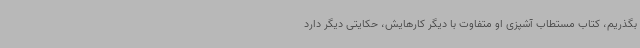
بگذریم، کتاب مستطاب آشپزی او متفاوت با دیگر کارهایش، حکایتی دیگر دارد